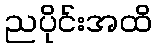
ညပိုင်းအထိ